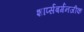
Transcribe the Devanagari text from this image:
शार्प्सबर्गनजीक